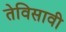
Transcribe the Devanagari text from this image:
तेविसावी